Report on the metropolitan horse fairs and district horse shows of 1892-93 - 1892-1893
Year: 1892
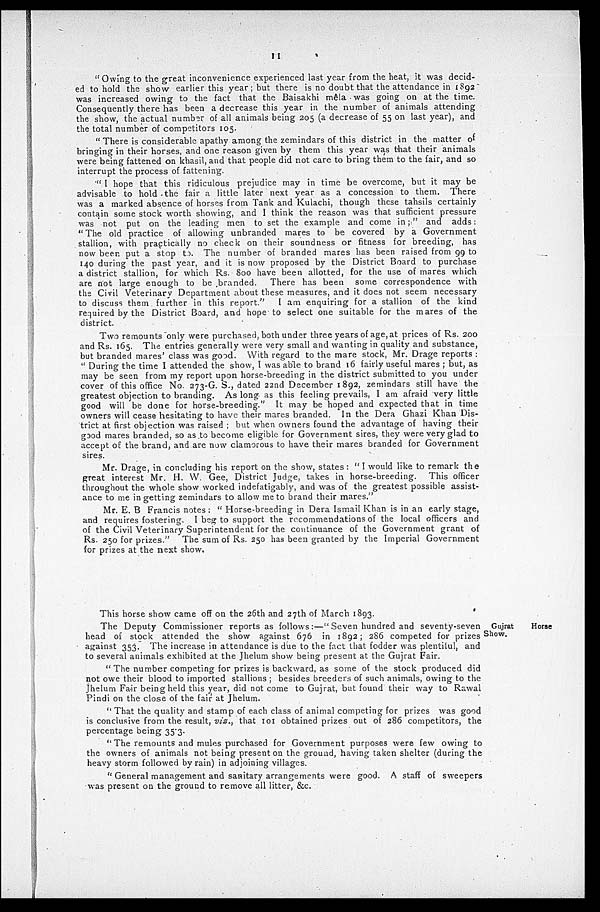
11
" Owing to the great inconvenience experienced last year from the heat, it was decid-
ed to hold the show earlier this year; but there is no doubt that the attendance in 1892
was increased owing to the fact that the Baisakhi mêla was going on at the time.
Consequently there has been a decrease this year in the number of animals attending
the show, the actual number of all animals being 205 (a decrease of 55 on last year), and
the total number of competitors 105.
" There is considerable apathy among the zemindars of this district in the matter of
bringing in their horses, and one reason given by them this year was that their animals
were being fattened on khasil, and that people did not care to bring them to the fair, and so
interrupt the process of fattening.
" I hope that this ridiculous prejudice may in time be overcome, but it may be
advisable to hold the fair a little later next year as a concession to them. There
was a marked absence of horses from Tank and Kulachi, though these tahsils certainly
contain some stock worth showing, and I think the reason was that sufficient pressure
was not put on the leading men to set the example and come in ; " and adds :
" The old practice of allowing unbranded mares to be covered by a Government
stallion, with practically no check on their soundness or fitness for breeding, has
now been put a stop to. The number of branded mares has been raised from 99 to
140 during the past year, and it is now proposed by the District Board to purchase
a district stallion, for which Rs. 800 have been allotted, for the use of mares which
are not large enough to be branded. There has been some correspondence with
the Civil Veterinary Department about these measures, and it does not seem necessary
to discuss them further in this report."
I am enquiring for a stallion of the kind
required by the District Board, and hope to select one suitable for the mares of the
district.
Two remounts only were purchased, both under three years of age, at prices of Rs. 200
and Rs. 165. The entries generally were very small and wanting in quality and substance,
but branded mares' class was good. With regard to the mare stock, Mr. Drage reports :
"During the time I attended the show, I was able to brand 16 fairly useful mares; but, as
may be seen from my report upon horse-breeding in the district submitted to you under
cover of this office No. 273-G. S., dated 22nd December 1892, zemindars still have the
greatest objection to branding. As long as this feeling prevails, I am afraid very little
good will be done for horse-breeding." It may be hoped and expected that in time
owners will cease hesitating to have their mares branded. In the Dera Ghazi Khan Dis-
trict at first objection was raised; but when owners found the advantage of having their
good mares branded, so as to become eligible for Government sires, they were very glad to
accept of the brand, and are now clamorous to have their mares branded for Government
sires.
Mr. Drage, in concluding his report on the show, states: " I would like to remark the
great interest Mr. H. W. Gee, District Judge, takes in horse-breeding. This officer
throughout the whole show worked indefatigably, and was of the greatest possible assist-
ance to me in getting zemindars to allow me to brand their mares."
Mr. E. B Francis notes: " Horse-breeding in Dera Ismail Khan is in an early stage,
and requires fostering. I beg to support the recommendations of the local officers and
of the Civil Veterinary Superintendent for the continuance of the Government grant of
Rs. 250 for prizes." The sum of Rs. 250 has been granted by the Imperial Government
for prizes at the next show.
Gujrat
Horse
Show.
This horse show came off on the 26th and 27th of March 1893.
The Deputy Commissioner reports as follows :—" Seven hundred and seventy-seven
head of stock attended the show against 676 in 1892 ; 286 competed for prizes
against 353. The increase in attendance is due to the fact that fodder was plentiful, and
to several animals exhibited at the Jhelum show being present at the Gujrat Fair.
"The number competing for prizes is backward, as some of the stock produced did
not owe their blood to imported stallions; besides breeders of such animals, owing to the
Jhelum Fair being held this year, did not come to Gujrat, but found their way to Rawal
Pindi on the close of the fair at Jhelum.
"That the quality and stamp of each class of animal competing for prizes was good
is conclusive from the result, viz., that 101 obtained prizes out of 286 competitors, the
percentage being 35.3.
"The remounts and mules purchased for Government purposes were few owing to
the owners of animals not being present on the ground, having taken shelter (during the
heavy storm followed by rain) in adjoining villages.
"General management and sanitary arrangements were good. A staff of sweepers
was present on the ground to remove all litter, &c.